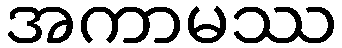
အကာမဿ